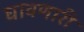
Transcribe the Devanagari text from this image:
घावणारी